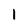
Character: 1